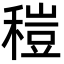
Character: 䅱